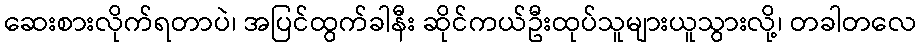
ဆေးစားလိုက်ရတာပဲ၊ အပြင်ထွက်ခါနီး ဆိုင်ကယ်ဦးထုပ်သူများယူသွားလို့၊ တခါတလေ